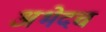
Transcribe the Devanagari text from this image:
अभेदच